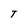
Character: T